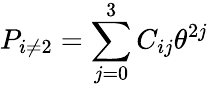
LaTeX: P_{i\neq 2}=\sum_{j=0}^{3}C_{ij}\theta^{2j}